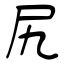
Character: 尻